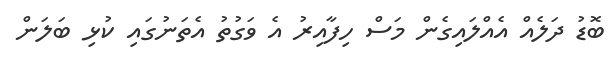
ބޮޑު ދަލެއް އެއްލައިގެން މަސް ހިފާއިރު އެ ވަގުތު އެތަނުގައި ކުޅި ބަލަން